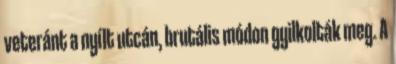
veteránt a nyílt utcán, brutális módon gyilkolták meg. A